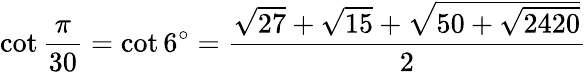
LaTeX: \cot{\frac{\pi}{30}}=\cot 6^{\circ}={\frac{{\sqrt{27}}+{\sqrt{15}}+{\sqrt{50+{\sqrt{2420}}}}}{2}}